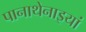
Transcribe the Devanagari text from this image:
पानाथेनाइयां